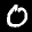
Label: 0